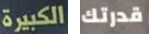
الكبيرة قدرتك